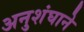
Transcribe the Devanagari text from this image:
अनुशंघाने